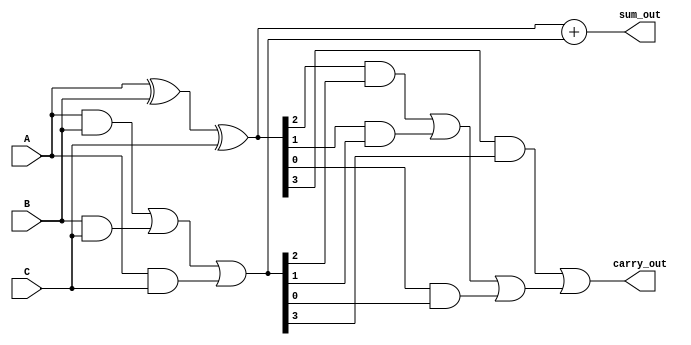
module carry_save_adder (
    input [3:0] A,           // First operand
    input [3:0] B,           // Second operand
    input [3:0] C,           // Third operand
    output [3:0] sum_out,    // Final sum output
    output carry_out         // Final carry output
);
    wire [3:0] partial_sum;  // Partial sum from CSA
    wire [3:0] carry;        // Carry from CSA
    
    // Carry Save Adder for three inputs
    assign partial_sum = A ^ B ^ C;                        // Partial Sum
    assign carry = (A & B) | (B & C) | (A & C);            // Carry Generation

    // Final carry propagation (using a simple Ripple Carry Adder for demonstration)
    wire [3:0] final_sum;
    wire [3:0] final_carry;  // Carry bits from the addition of partial_sum and carry
    wire carry_over;         // Final carry out

    // Add final_sum and carry using a conventional adder approach
    assign final_sum = partial_sum + carry;                 // Summing the partial sum and carry
    assign carry_over = (partial_sum[3] & carry[3]) | ((partial_sum[2] & carry[2]) | (partial_sum[1] & carry[1]) | (partial_sum[0] & carry[0]));

    // Final outputs
    assign sum_out = final_sum;   // Output sum
    assign carry_out = carry_over; // Final carry out

endmodule